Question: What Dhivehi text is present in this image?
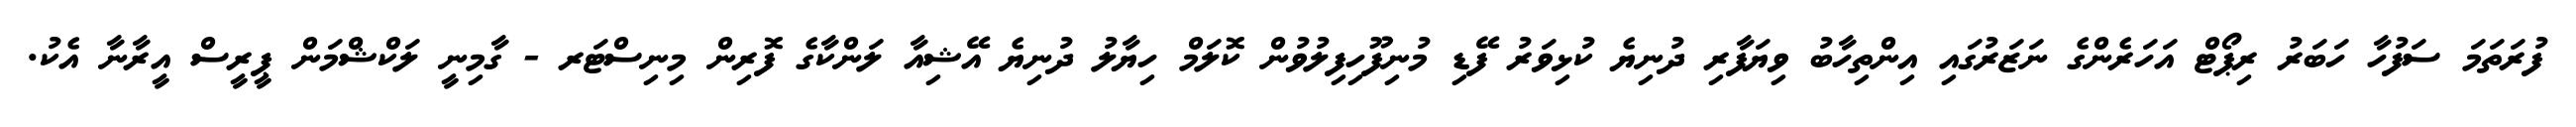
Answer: ފުރަތަމަ ސަފުހާ ހަބަރު ރިޕޯޓް އަހަރެންގެ ނަޒަރުގައި އިންތިހާބު ވިޔަފާރި ދުނިޔެ ކުޅިވަރު ފޭޑި މުނިފޫހިފިލުވުން ކޮލަމް ހިޔާލު ދުނިޔެ އޭޝިއާ ލަންކާގެ ފޮރިން މިނިސްޓަރ - ގާމިނީ ލަކްޝްމަން ޕީރީސް އީރާނާ އެކު.